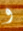
و